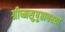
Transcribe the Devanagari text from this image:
ग्रीष्मसुषुप्तावस्था